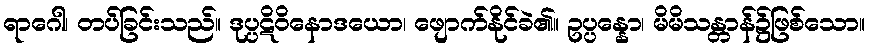
ရာဂေါ၊ တပ်ခြင်းသည်။ ဒုပ္ပဋိဝိနောဒယော၊ ဖျောက်နိုင်ခဲ၏။ ဥပ္ပန္နော၊ မိမိသန္တာန်၌ဖြစ်သော။